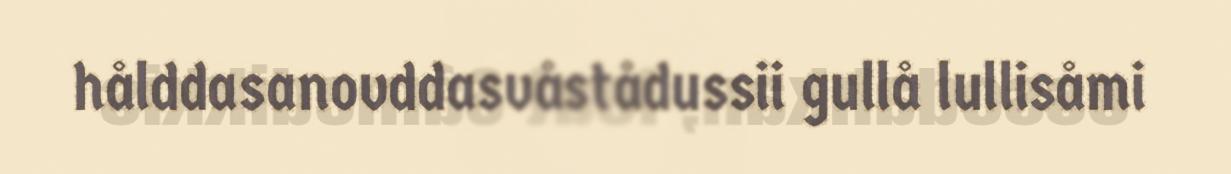
hålddasanovddasvåstådussii gullå lullisåmi